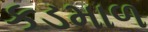
કડમાળ